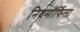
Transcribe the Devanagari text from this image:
नियमॉर्फिला